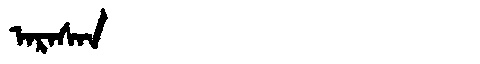
Manchu: ᠠᡵᠠᠰᠠᠨ
Romanization: ARASAN